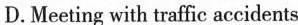
D. Meeting with traffic accidents